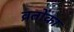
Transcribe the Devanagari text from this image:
व्रतोंका